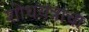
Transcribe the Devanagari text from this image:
शोधयंत्राचा